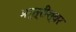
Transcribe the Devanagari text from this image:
भर्त्रीश्वर